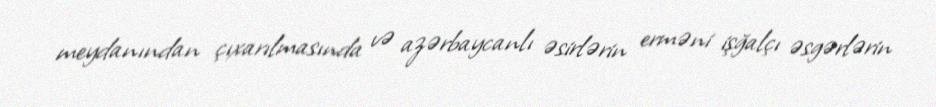
meydanından çıxarılmasında və azərbaycanlı əsirlərin erməni işğalçı əsgərlərin